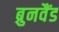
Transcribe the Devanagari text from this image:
ब्रुनवैंड